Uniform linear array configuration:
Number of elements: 12
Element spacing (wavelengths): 0.25
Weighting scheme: exponential
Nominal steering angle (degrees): -15
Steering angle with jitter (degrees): -15.721
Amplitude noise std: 0.05
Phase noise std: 0.05

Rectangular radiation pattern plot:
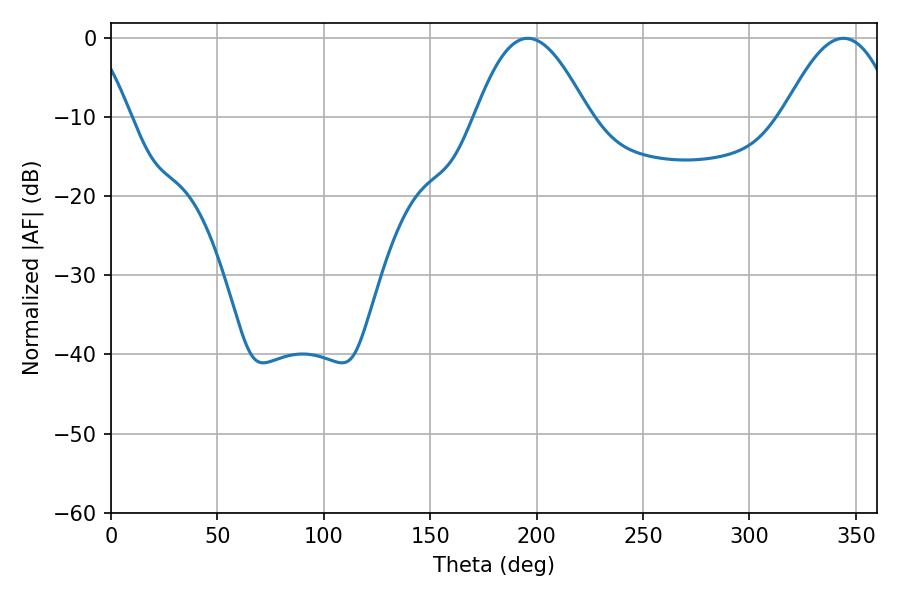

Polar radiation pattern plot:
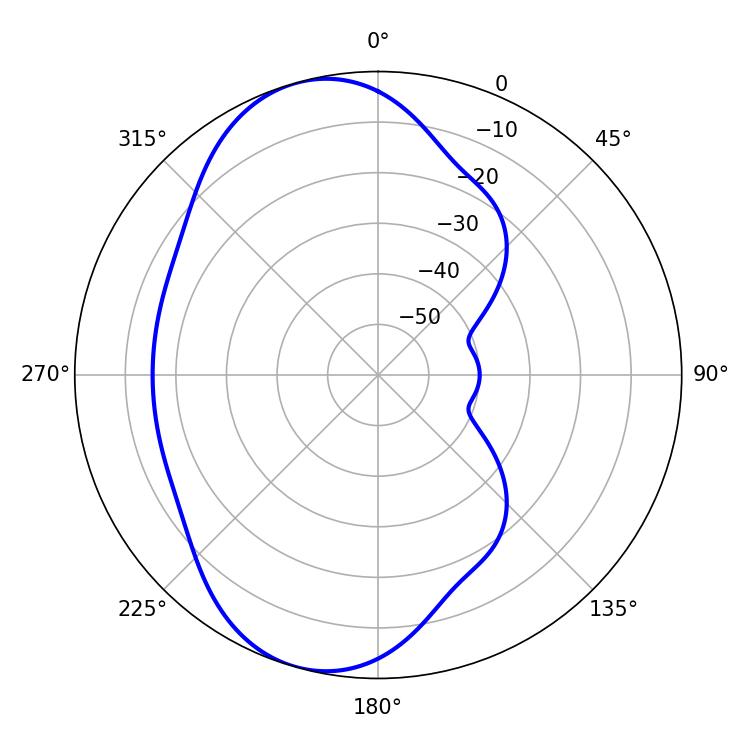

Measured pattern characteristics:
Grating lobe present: FALSE
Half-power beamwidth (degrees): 28.8
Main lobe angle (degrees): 195.84